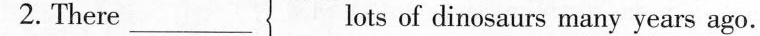
2.There ___ lots of dinosaurs many years ago.